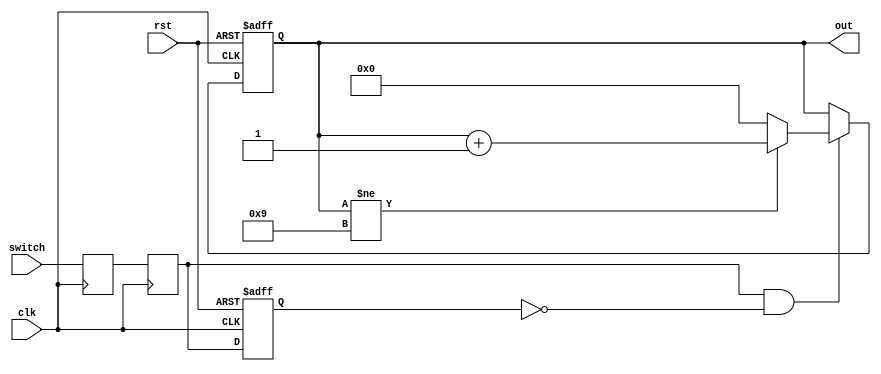
`timescale 1ns / 1ps
//////////////////////////////////////////////////////////////////////////////////
// Company: 
// Engineer: 
// 
// Design Name: 
// Module Name: increment
// Project Name: 
// Target Devices: 
// Tool Versions: 
// Description: 
// 
// Dependencies: 
// 
// Revision:
// Revision 0.01 - File Created
// Additional Comments:
// 
//////////////////////////////////////////////////////////////////////////////////


module increment(
input clk,
input rst,
input switch,
output  reg [3:0]out
    );
    
        reg push_f;
       reg push_sync;
      reg push_sync_f;
      wire push_edge;

       always@(posedge clk) begin
           push_f <= switch;
           push_sync <= push_f;    
       end
   
       always @(posedge clk, posedge rst) begin
       if (rst) begin
           push_sync_f <= 1'b0;
       end else begin
           push_sync_f <= push_sync;
           end
       end
     
      assign push_edge = push_sync & ~push_sync_f;
      
       always @(posedge clk, posedge rst)
       begin
       if(rst)begin
       out<=0;
       end
       else if (push_edge)
       begin
          if (out!=9)    
         out<=out+1;
          else
          out<=0;
          end
      else out <= out;
      end
      


endmodule